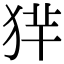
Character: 𤞢